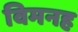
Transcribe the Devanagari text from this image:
विमनह